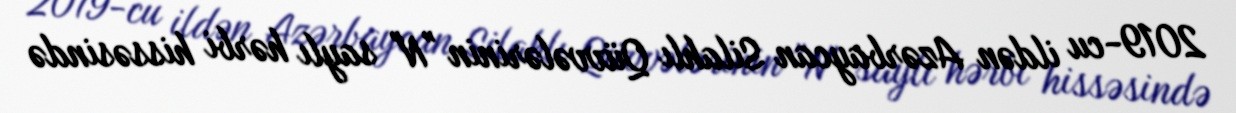
2019-cu ildən Azərbaycan Silahlı Qüvvələrinin "N" saylı hərbi hissəsində